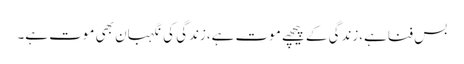
بس فناہے،زندگی کے پیچھے موت ہے،زندگی کی نگہبان بھی موت ہے۔